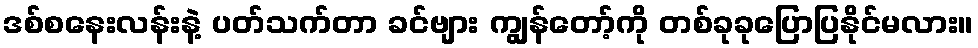
ဒစ်စနေးလန်းနဲ့ ပတ်သက်တာ ခင်ဗျား ကျွန်တော့်ကို တစ်ခုခုပြောပြနိုင်မလား။